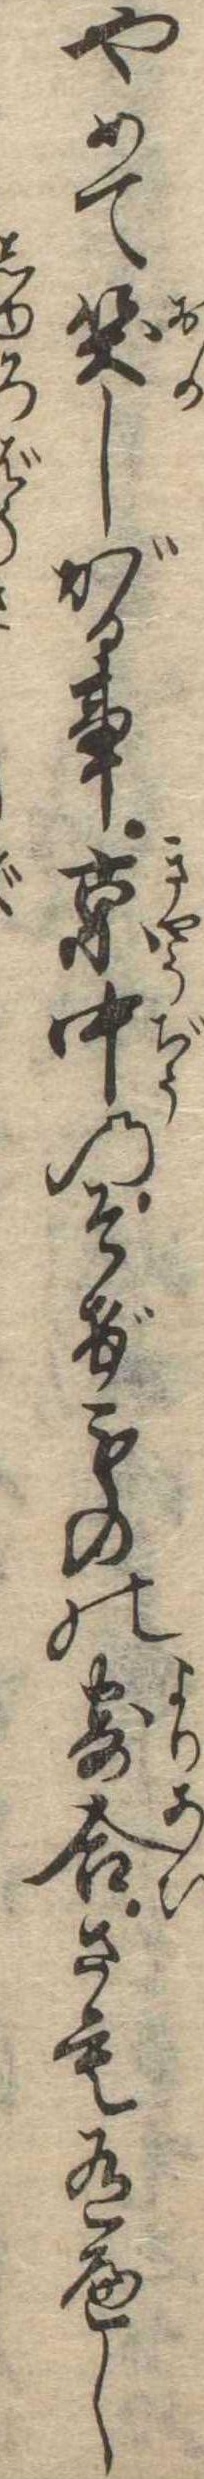
やめて笑しがる事京中のそげものの寄合さも有へし